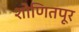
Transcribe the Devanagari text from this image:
शोणितपूर